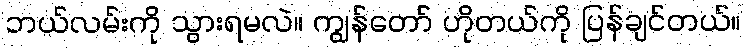
ဘယ်လမ်းကို သွားရမလဲ။ ကျွန်တော် ဟိုတယ်ကို ပြန်ချင်တယ်။